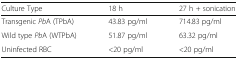
<table><thead><tr><td><b>Culture Type</b></td><td><b>18 h</b></td><td><b>27 h + sonication</b></td></tr></thead><tbody><tr><td>Transgenic <i>Pb</i>A (TPbA)</td><td>43.83 pg/ml</td><td>714.83 pg/ml</td></tr><tr><td>Wild type <i>Pb</i>A (WTPbA)</td><td>51.87 pg/ml</td><td>63.32 pg/ml</td></tr><tr><td>Uninfected RBC</td><td>&lt;20 pg/ml</td><td>&lt;20 pg/ml</td></tr></tbody></table>